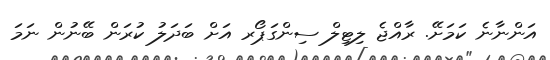
އަންނާނެ ކަމަށޭ. ރާއްޖެ ލިޓިލް ސިންގަޕޯރ އަށް ބަދަލު ކުރަން ބޭނުން ނަމަ